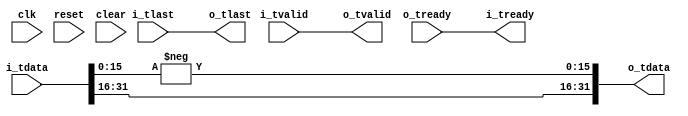
//
// Copyright 2014 Ettus Research LLC
// Copyright 2018 Ettus Research, a National Instruments Company
//
// SPDX-License-Identifier: LGPL-3.0-or-later
//
// NOTE -- does not flop the output.  could cause timing issues, so follow with axi_fifo_flop if you need it

module conj
  #(parameter WIDTH=16)
   (input clk, input reset, input clear,
    input [2*WIDTH-1:0] i_tdata, input i_tlast, input i_tvalid, output i_tready,
    output [2*WIDTH-1:0] o_tdata, output o_tlast, output o_tvalid, input o_tready);

   assign o_tdata = { i_tdata[2*WIDTH-1:WIDTH] , -i_tdata[WIDTH-1:0] };
   assign o_tlast = i_tlast;
   assign o_tvalid = i_tvalid;
   assign i_tready = o_tready;
   
endmodule // conj